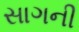
સાગની